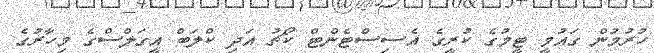
ހުރުމުން ގައުމީ ޓީމުގެ ކުރީގެ އެސިސްޓެންޓް ކޯޗު އަދި ކްލަބް އީގަލްސްގެ މިހާރުގެ